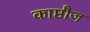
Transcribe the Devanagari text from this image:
काष्ठौज